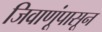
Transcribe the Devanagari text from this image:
जिवाणूंपासून